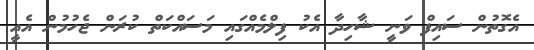
އެގޮތުން ސައިފް ވަނީ ޝާހިދާ އެކު ފިލްމެއްގައި މަސައްކަތް ކުރަން ޖެހުމުން އެއީ